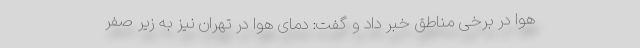
هوا در برخی مناطق خبر داد و گفت: دمای هوا در تهران نیز به زیر صفر